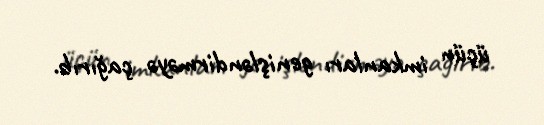
üçün imkanları genişləndirməyə çağırıb.